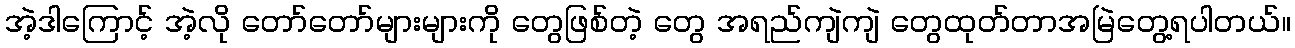
အဲ့ဒါကြောင့် အဲ့လို တော်တော်များများကို တွေဖြစ်တဲ့ တွေ အရည်ကျဲကျဲ တွေထုတ်တာအမြဲတွေ့ရပါတယ်။